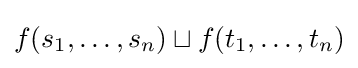
f(s_{1},\dots ,s_{n})\sqcup f(t_{1},\ldots ,t_{n})